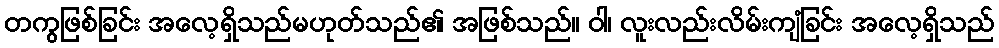
တကွဖြစ်ခြင်း အလေ့ရှိသည်မဟုတ်သည်၏ အဖြစ်သည်။ ဝါ၊ လူးလည်းလိမ်းကျံခြင်း အလေ့ရှိသည်